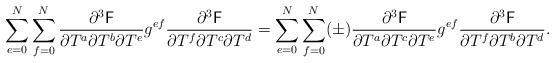
LaTeX: \begin{align*}\sum_{e=0}^N \sum_{f=0}^N \frac{\partial^3 \mathsf{F}}{\partial T^a \partial T^b\partial T^e}g^{ef}\frac{\partial^3 \mathsf{F}}{\partial T^f \partial T^c\partial T^d}=\sum_{e=0}^N \sum_{f=0}^N (\pm)\frac{\partial^3 \mathsf{F}}{\partial T^a \partial T^c\partial T^e}g^{ef}\frac{\partial^3 \mathsf{F}}{\partial T^f \partial T^b\partial T^d}.\end{align*}